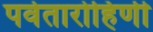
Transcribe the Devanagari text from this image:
पर्वतारोहिणी